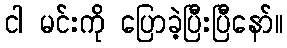
ငါ မင်းကို ပြောခဲ့ပြီးပြီနော်။